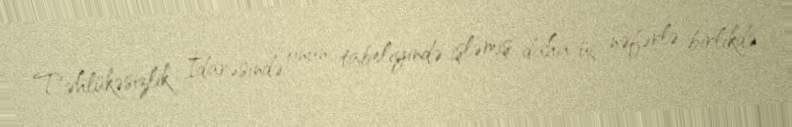
Təhlükəsizlik İdarəsində onun tabeliyində işləmiş daha üç nəfərlə birlikdə